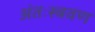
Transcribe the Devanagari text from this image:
अंतःस्त्रवण